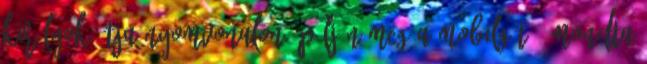
Királyok útja nyomvonalon épüljön meg a mobilgát - mondta